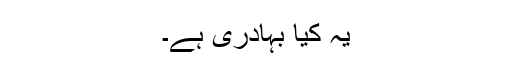
یہ کیا بہادری ہے۔